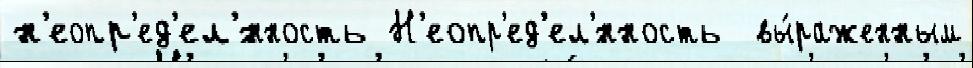
н'еопр'ед'ел'́нность Н'еопр'ед'ел'́нность  вы́раженным